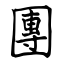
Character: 團